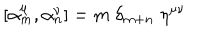
[ \alpha _ { m } ^ { \mu } , \alpha _ { n } ^ { \nu } ] = m \; \delta _ { m + n } \; \eta ^ { \mu \nu }